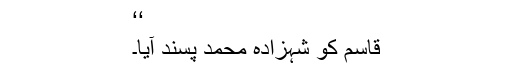
‘‘
قاسم کو شہزادہ محمد پسند آیا۔